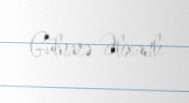
Gülnarə Əlixanlı